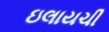
ઇલાયચી